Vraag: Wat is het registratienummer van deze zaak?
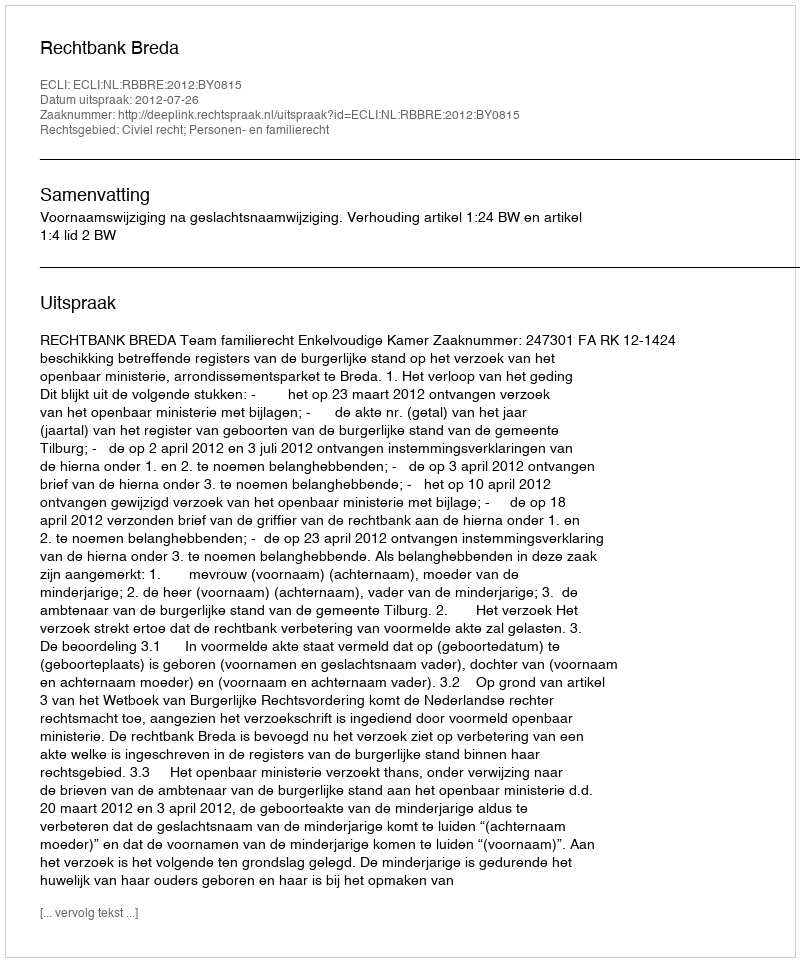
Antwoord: http://deeplink.rechtspraak.nl/uitspraak?id=ECLI:NL:RBBRE:2012:BY0815